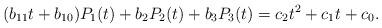
LaTeX: \begin{align*} (b_{11} t + b_{10})P_1(t) + b_2 P_2(t)+b_3P_3(t) = c_2 t^2 + c_1 t + c_0.\end{align*}